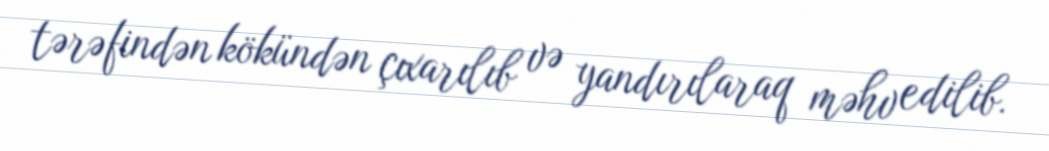
tərəfindən kökündən çıxarılıb və yandırılaraq məhv edilib.